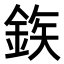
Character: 𮡽